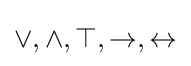
\vee ,\wedge ,\top ,\rightarrow ,\leftrightarrow